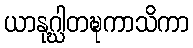
ယာနုဂ္ဃါတဍ္ဎကာသိကာ